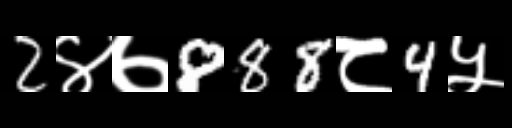
Text: 2४७888८4५